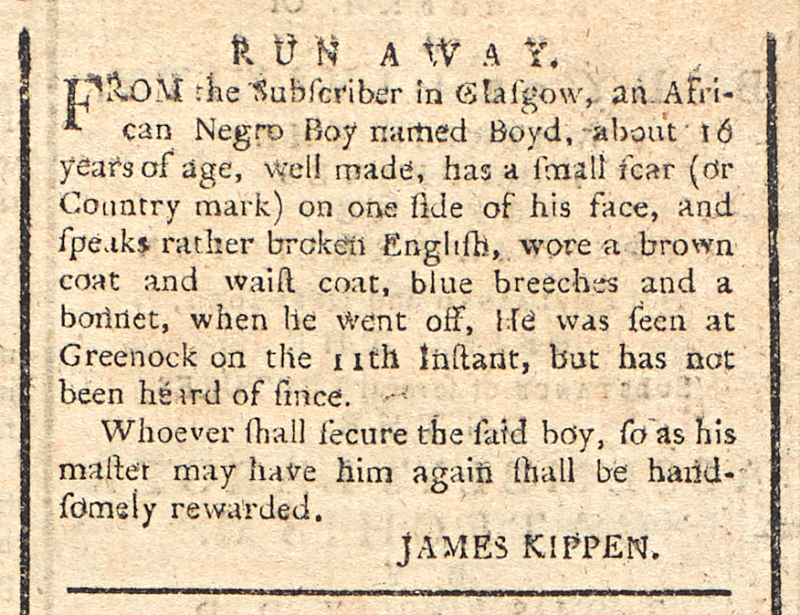
Glasgow Journal, 26 July 1770 (Scotland)
            R U N   A W A Y.FROM the Subscriber in Glasgow, an African Negro Boy named Boyd, about 16 years of age, well made, has a small scar (or Country mark) on one side of his face, and speaks rather broken English, wore a brown coat and waist coat, blue breeches and a bonnet, when he went off, He was seen at Greenock on the 11th Instant, but has not been heard of since.   Whoever shall secure said boy, so as his master may have him again shall be handsomely rewarded.                                            JAMES KIPPEN.